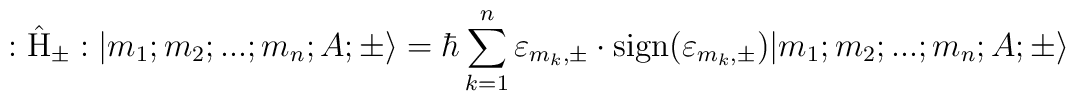
:\hat{\rm H}_{\pm}: |m_1;m_2;...;m_n; A;\pm \rangle =\hbar \sum_{k=1}^{n} {\varepsilon}_{m_k,\pm} \cdot {\rm sign}({\varepsilon}_{m_k,\pm}) |m_1;m_2;...;m_n; A;\pm \rangle